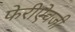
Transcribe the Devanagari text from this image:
फेरीऐवजी